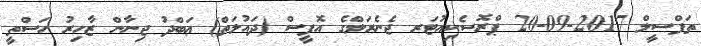
ތަފްސީލް 2017-09-20 ޕްރޮސެކިއުޓަރ ޖެނެރަލްގެ އޮފީސް (ދައުލަތް) ޢަބްދު ޖިނާން ޒާހިރު ހަސްތީ